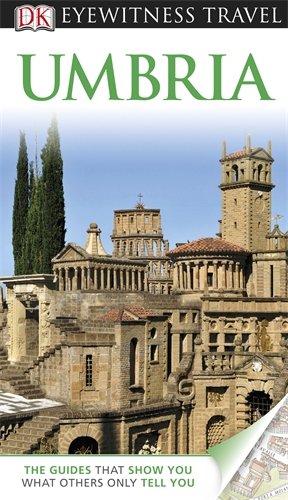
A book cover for Umbria (DK Eyewitness Travel Guides); Travel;